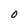
Character: o